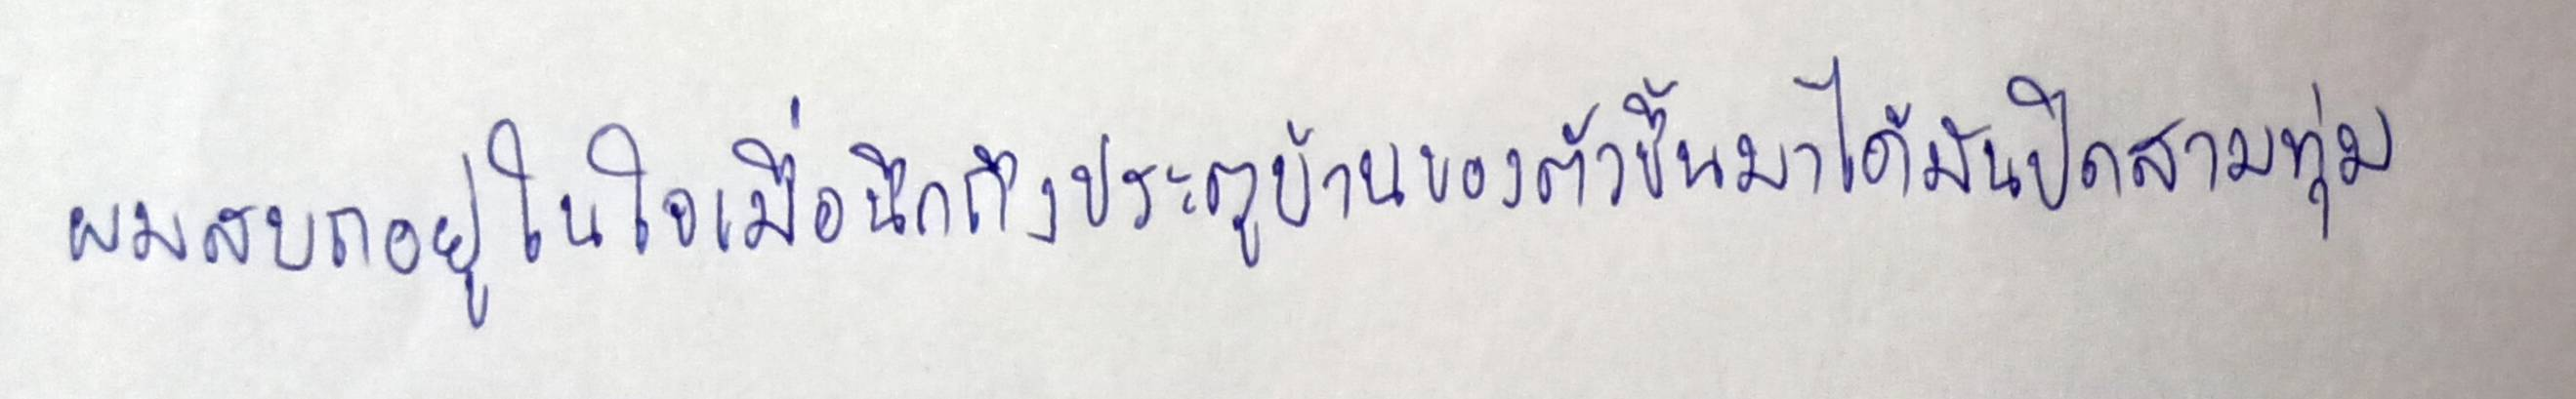
ผมสบถอยู่ในใจเมื่อนึกถึงประตูบ้านของตัวขึ้นมาได้มันปิดสามทุ่ม